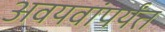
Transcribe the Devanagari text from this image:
अवयवांपर्यंत